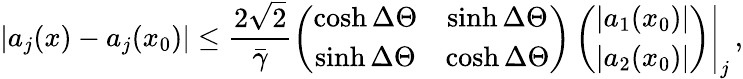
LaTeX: |a_{j}(x)-a_{j}(x_{0})|\leq\frac{2\sqrt{2}}{\bar{\gamma}}\left.\left(\begin{array}{cc}{{\cosh\Delta\Theta}}&{{\sinh\Delta\Theta}}\\ {{\sinh\Delta\Theta}}&{{\cosh\Delta\Theta}}\end{array}\right)\left(\begin{array}{c}{{|a_{1}(x_{0})|}}\\ {{|a_{2}(x_{0})|}}\end{array}\right)\right|_{j}\, ,